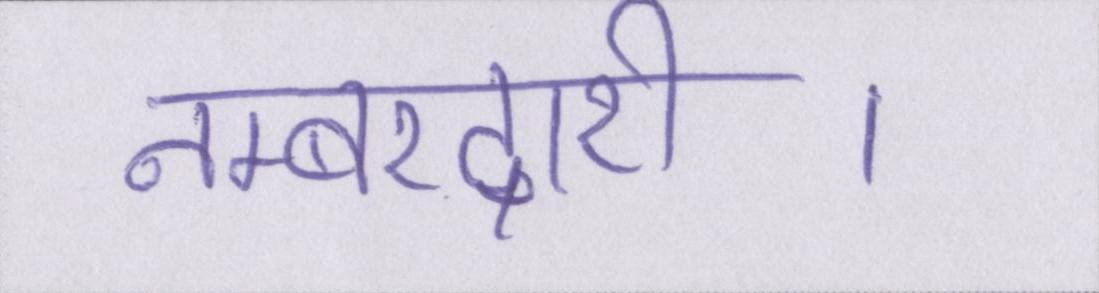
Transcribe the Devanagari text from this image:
नम्बरदारी।